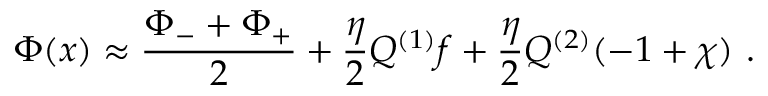
\Phi ( x ) \approx { \frac { \Phi _ { - } + \Phi _ { + } } { 2 } } + { \frac { \eta } { 2 } } Q ^ { ( 1 ) } f + { \frac { \eta } { 2 } } Q ^ { ( 2 ) } ( - 1 + \chi ) \ .